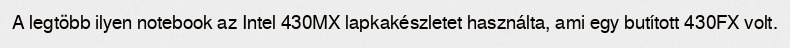
A legtöbb ilyen notebook az Intel 430MX lapkakészletet használta, ami egy butított 430FX volt.